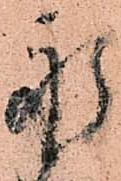
永